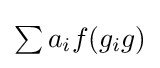
{\textstyle \sum a_{i}f(g_{i}g)}